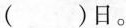
( )日。